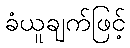
ခံယူချက်ဖြင့်